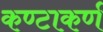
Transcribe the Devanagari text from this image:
कण्टाकर्ण